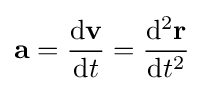
\mathbf {a} ={\frac {\mathrm {d} \mathbf {v} }{\mathrm {d} t}}={\frac {\mathrm {d} ^{2}\mathbf {r} }{\mathrm {d} t^{2}}}